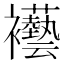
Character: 襼